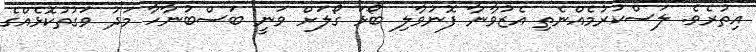
އިތުރެވެ. ލަސްކުރުމެއްނެތި އެޒުވާނާ ފޮނުވާލި ބޯޅަ ގޯލަށް ވަނީ ބަސްބުނާހާ މަދު ވަގުތުކޮޅެއްގެ